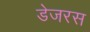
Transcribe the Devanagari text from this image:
डेजरस